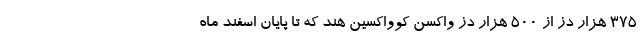
375 هزار دز از 500 هزار دز واکسن کوواکسین هند که تا پایان اسفند ماه